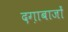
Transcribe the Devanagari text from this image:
दग़ाबाजों